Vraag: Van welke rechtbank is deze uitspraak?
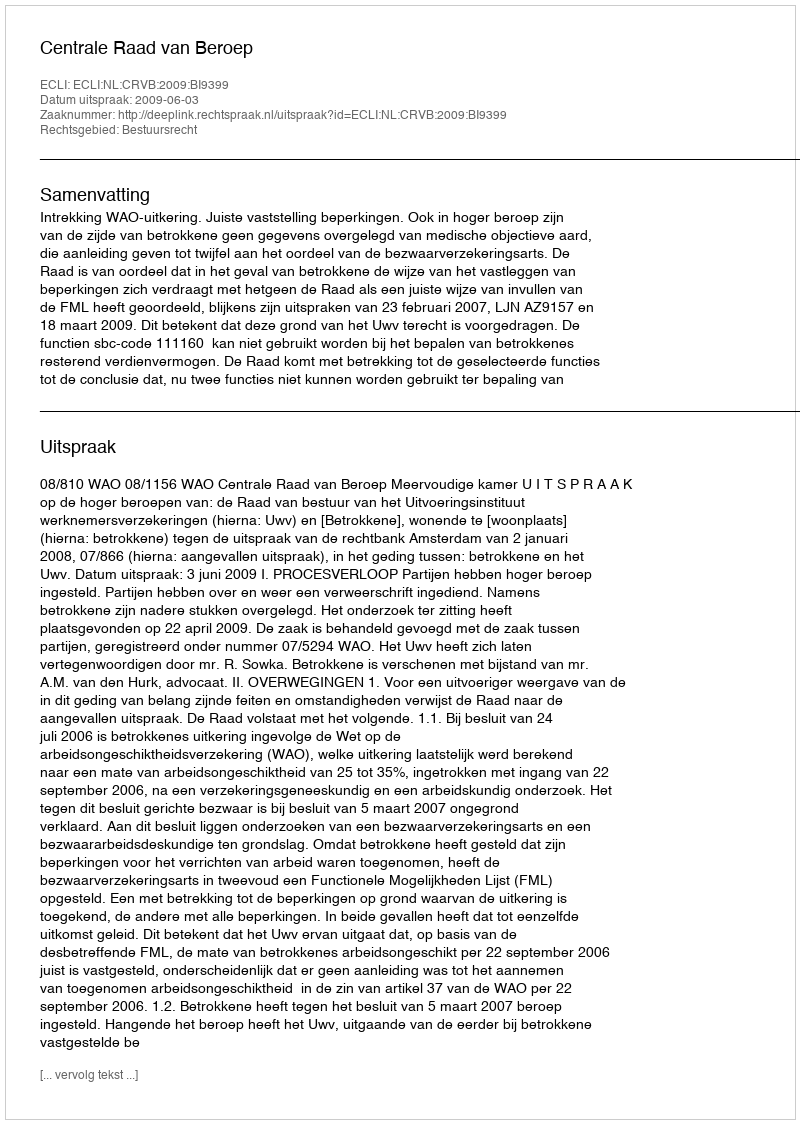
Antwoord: Centrale Raad van Beroep